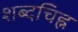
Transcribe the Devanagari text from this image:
शब्दचिह्न